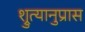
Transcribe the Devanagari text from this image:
श्रुत्यानुप्रास